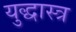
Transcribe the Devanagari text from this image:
युद्धास्त्र